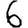
Digit: 6